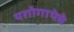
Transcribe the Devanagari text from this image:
यशोगाथेचे